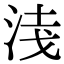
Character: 𭰦